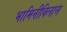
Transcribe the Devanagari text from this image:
भामिनीविलास